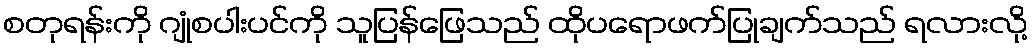
စတုရန်းကို ဂျုံစပါးပင်ကို သူပြန်ဖြေသည် ထိုပရောဖက်ပြုချက်သည် ရလားလို့